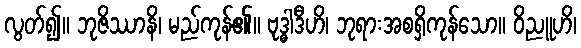
လွတ်၍။ ဘုဇိဿာနိ၊ မည်ကုန်၏။ ဗုဒ္ဓါဒီဟိ၊ ဘုရားအစရှိကုန်သော။ ဝိညူဟိ၊